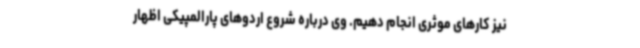
نیز کارهای موثری انجام دهیم. وی درباره شروع اردوهای پارالمپیکی اظهار